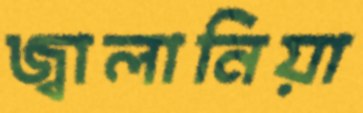
জ্বালানিয়া